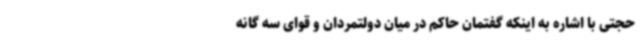
حجتی با اشاره به اینکه گفتمان حاکم در میان دولتمردان و قوای سه گانه